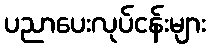
ပညာပေးလုပ်ငန်းများ